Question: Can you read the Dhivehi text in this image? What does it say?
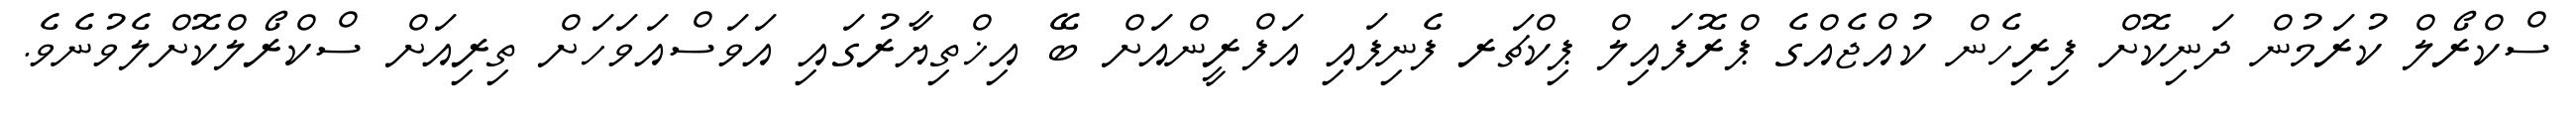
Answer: ސްކްރޯލް ކުރަމުން ދަނިކޮށް ފިރިހެން ކުއްޖެއްގެ ޕްރޮފައިލް ޕިކްޗަރ ފެނިފައި އަފްރީންއަށް ބޭ އިޚްތިޔާރުގައި އަވަސްއަވަހަށް ތިރިއަށް ސްކްރޯލްކޮށްލެވުނެވެ.